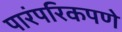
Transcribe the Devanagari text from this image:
पारंपरिकपणे